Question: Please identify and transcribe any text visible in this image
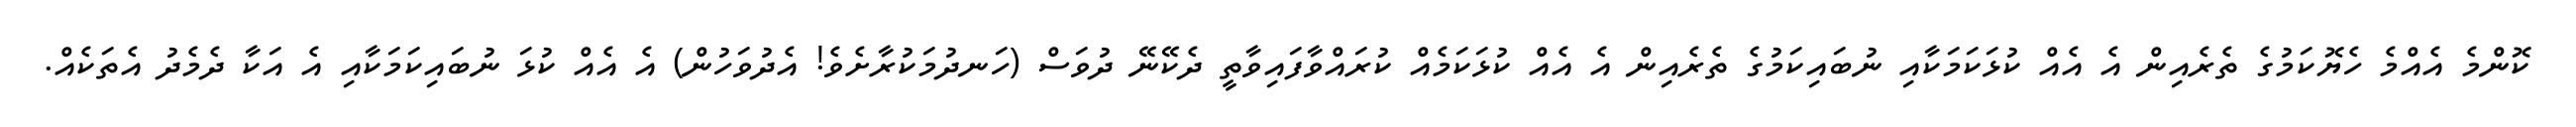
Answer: ކޮންމެ އެއްމެ ހެޔޮކަމުގެ ތެރެއިން އެ އެއް ކުޅަކަމަކާއި ނުބައިކަމުގެ ތެރެއިން އެ އެއް ކުޅަކަމެއް ކުރައްވާފައިވާތީ ދެކޭނޭ ދުވަސް (ހަނދުމަކުރާށެވެ! އެދުވަހުން) އެ އެއް ކުޅަ ނުބައިކަމަކާއި އެ އަކާ ދެމެދު އެތަކެއް.